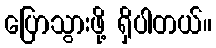
ပြောသွားဖို့ ရှိပါတယ်။